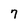
Character: 7